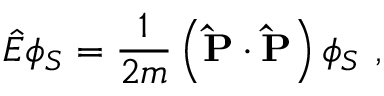
\hat { E } \phi _ { S } = \frac { 1 } { 2 m } \left( \mathbf { \hat { P } } \cdot \mathbf { \hat { P } } \right) \phi _ { S } \ ,